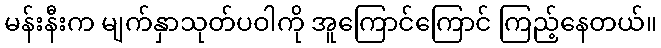
မန်းနီးက မျက်နှာသုတ်ပဝါကို အူကြောင်ကြောင် ကြည့်နေတယ်။